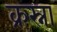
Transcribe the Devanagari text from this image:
क्रस्ना